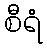
စီရံ